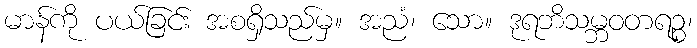
မာန်ကို ပယ်ခြင်း အစရှိသည်မှ။ အညံ၊ သော။ ဒုရဘိသမ္ဘဝတရဉ္စ၊